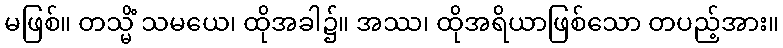
မဖြစ်။ တသ္မိံ သမယေ၊ ထိုအခါ၌။ အဿ၊ ထိုအရိယာဖြစ်သော တပည့်အား။